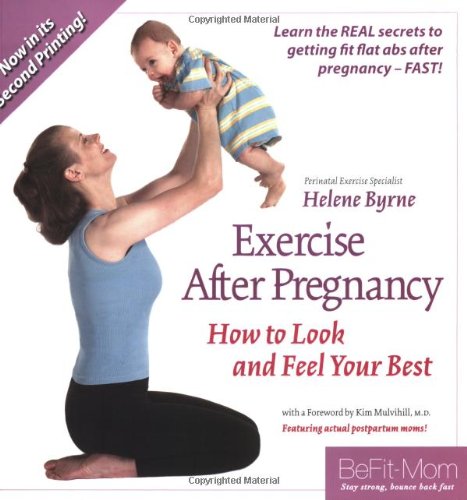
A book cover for Exercise After Pregnancy: How to Look and Feel Your Best, 2nd edition; Helene Byrne; Health, Fitness & Dieting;